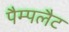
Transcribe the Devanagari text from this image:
पैम्पलैट